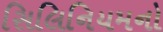
સિલિનિયમનો